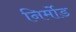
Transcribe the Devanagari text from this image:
निर्मोड